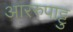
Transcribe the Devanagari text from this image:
आररुपाट्टु